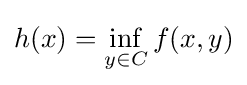
h(x)=\inf _{y\in C}f(x,y)